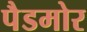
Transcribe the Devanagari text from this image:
पैडमोर